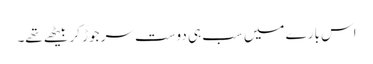
اس بارے میں سب ہی دوست سر جوڑ کر بیٹھے تھے۔